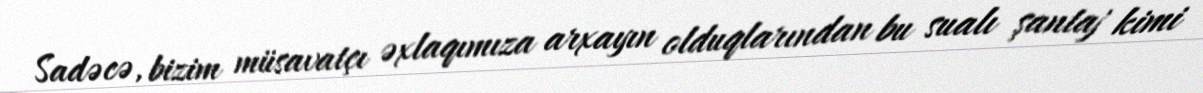
Sadəcə, bizim müsavatçı əxlaqımıza arxayın olduqlarından bu sualı şantaj kimi